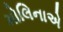
મોલિનાએ